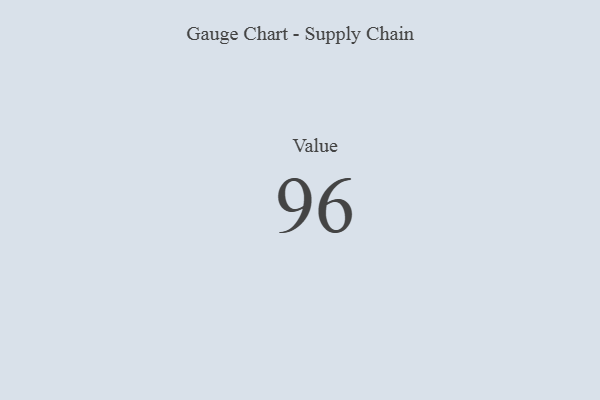
{"axis": {"x": "Metric", "y": "Value"}, "legend": [""], "data": [{"x": "Value", "y": 96, "type": ""}]}